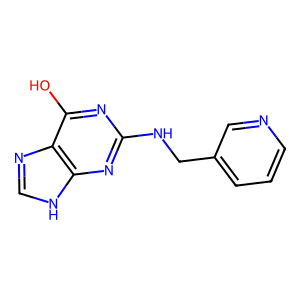
SMILES: Oc1nc(NCc2cccnc2)nc2[nH]cnc12
Inhibits HIV replication: No